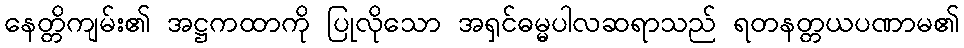
နေတ္တိကျမ်း၏ အဋ္ဌကထာကို ပြုလိုသော အရှင်ဓမ္မပါလဆရာသည် ရတနတ္တယပဏာမ၏